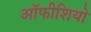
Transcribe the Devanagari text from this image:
ऑफीशियो